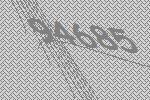
94685